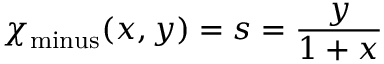
\chi _ { \mathrm { m i n u s } } ( x , y ) = s = { \frac { y } { 1 + x } }